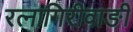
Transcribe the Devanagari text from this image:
रत्‍नागिरीवाङी